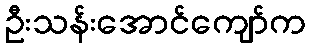
ဦးသန်းအောင်ကျော်က